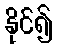
နိုင်၍